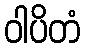
ဝါပိတံ